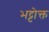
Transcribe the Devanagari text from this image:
भट्टोक्त